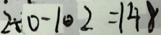
2 5 0 - 1 0 2 = 1 4 8